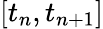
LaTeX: [t_{n},t_{n+1}]